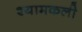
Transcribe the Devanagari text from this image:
श्यामकली